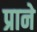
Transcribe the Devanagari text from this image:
प्राने